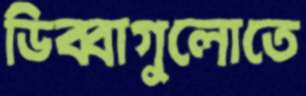
ডিব্বাগুলোতে